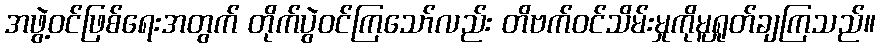
အဖွဲ့ဝင်ဖြစ်ရေးအတွက် တိုက်ပွဲဝင်ကြသော်လည်း တိဗက်ဝင်သိမ်းမှုကိုမူရှုတ်ချကြသည်။